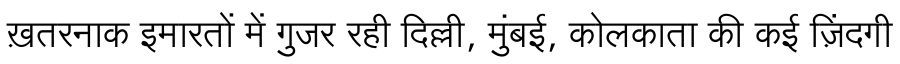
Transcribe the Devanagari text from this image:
ख़तरनाक इमारतों में गुजर रही दिल्ली, मुंबई, कोलकाता की कई ज़िंदगी